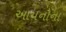
આયનોના